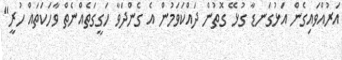
އަރުއްވައިގެން އަޅުގަނޑާ ގުޅޭ ގޮތުން ދައްކަވަމުން އެ ގެންދަވާ ހަގީގަތެއްނެތް ވާހަކަތައް ހުރީ"